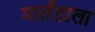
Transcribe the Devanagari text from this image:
मार्तंडाला